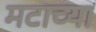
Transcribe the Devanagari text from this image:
मटाच्या